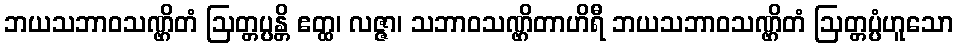
ဘယသဘာဝသဏ္ဌိတံ ဩတ္တပ္ပန္တိ ဧတ္ထ၊ လဇ္ဇာ၊ သဘာဝသဏ္ဌိတာဟိရီ ဘယသဘာဝသဏ္ဌိတံ ဩတ္တပ္ပံဟူသော